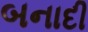
બનાદી